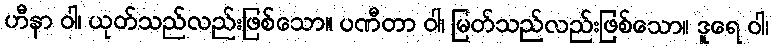
ဟီနာ ဝါ၊ ယုတ်သည်လည်းဖြစ်သော။ ပဏီတာ ဝါ၊ မြတ်သည်လည်းဖြစ်သော။ ဒူရေ ဝါ၊